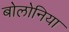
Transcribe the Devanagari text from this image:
बोलोनिया